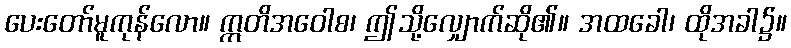
ပေးတော်မူကုန်လော။ ဣတိအဝေါစ၊ ဤသို့လျှောက်ဆို၏။ အထခေါ၊ ထိုအခါ၌။